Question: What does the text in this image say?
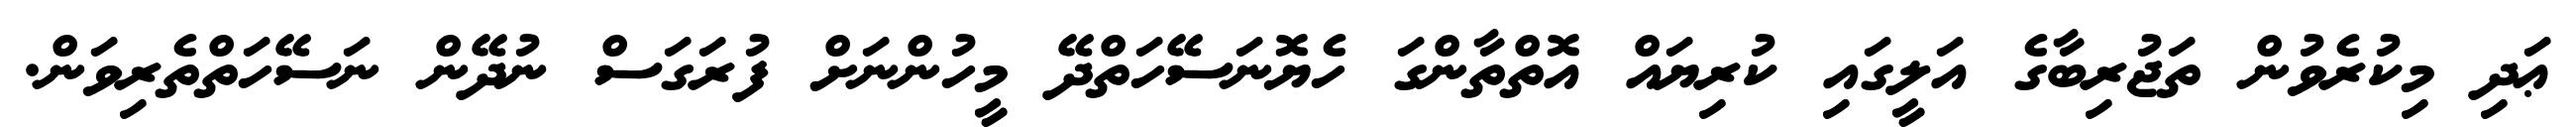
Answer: ޢަދި މިކުރެވުން ތަޖުރިބާގެ އަލީގައި ކުރިޔައް އޮތްތާންގަ ހެޔޮނަސޭހަތްދޭ މީހުންނަށް ފުރަގަސް ނުދޭން ނަސޭހަތްތެރިވަން.